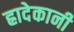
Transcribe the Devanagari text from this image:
ह्रादेकानी